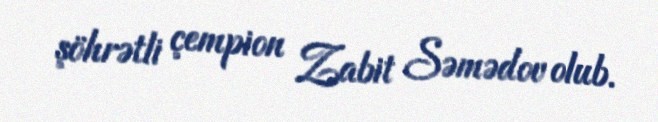
şöhrətli çempion Zabit Səmədov olub.